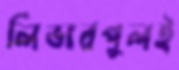
লিভারপুলই